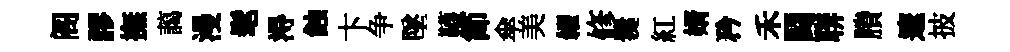
阁謬撫藹漫髦淂蝕卞争墜韈節傘美糴修爨紅婿矜禾闘聨賸邃披